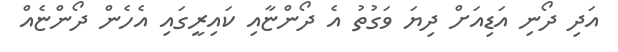
އަދި ދޯނި އަޑިއަށް ދިޔަ ވަގުތު އެ ދޯންޏާއި ކައިރީގައި އެހެން ދޯންޏެއް